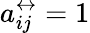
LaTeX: a_{ij}^{\leftrightarrow}=1